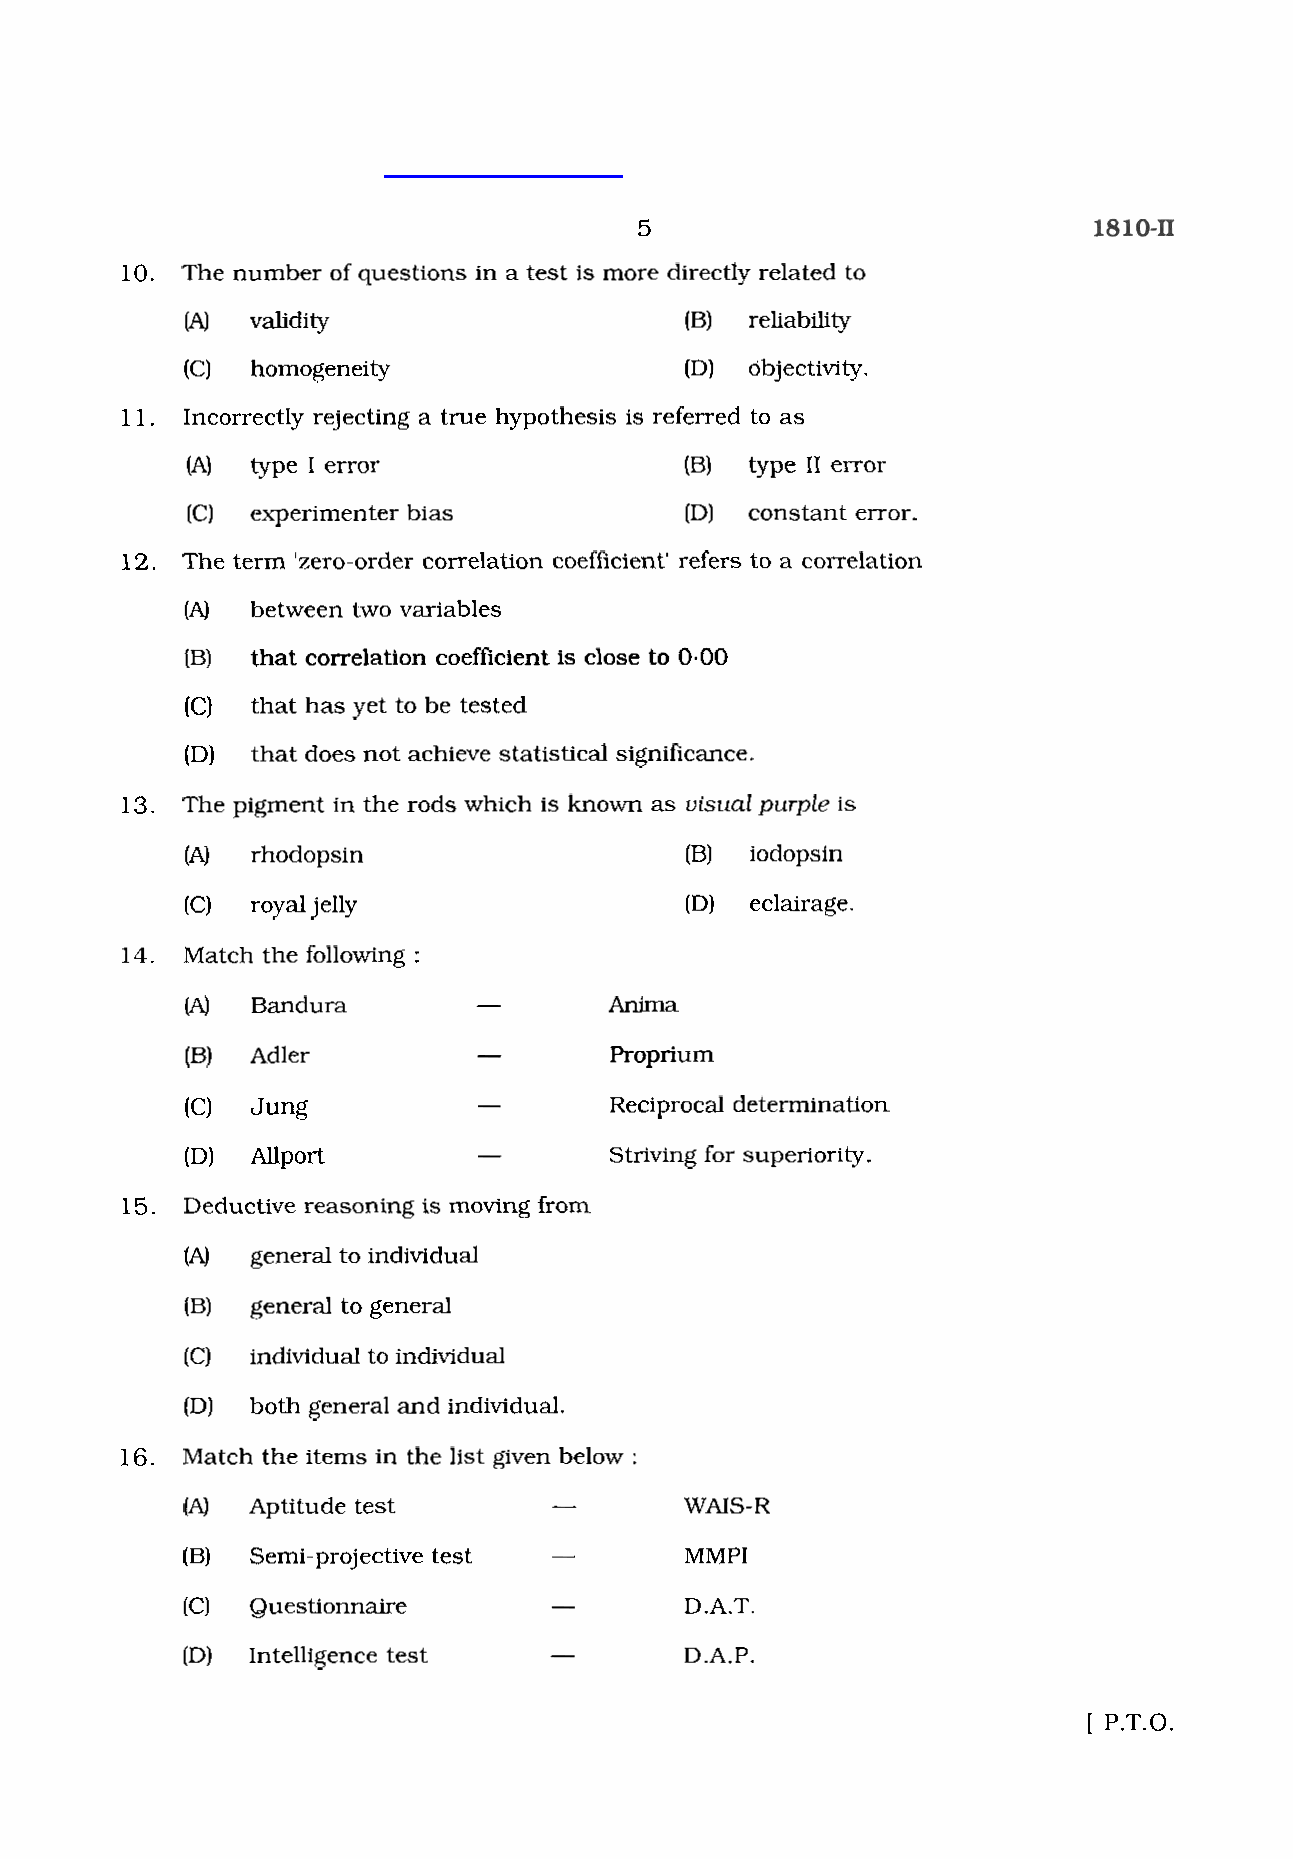
5
 10.
 Incorrectly rejecting a true hypothesis is referred to as
 (A) type I error                 (B) type I1 error
 (C) experimenter bias            (D) constant error.
 12. The term 'zero-order correlation coefficient' refers to a correlation
 (A) between two variables
 (B) that correlation coefficient is close to 0.00
 (C) that has yet to be tested
 (D) that does not achieve statistical significance.
 13. The pigment in the rods which is known as visual purple is
 (A) rhodopsin                    (B) iodopsin
 (C) royal jelly                  (D) eclairage.
 14. Match the following :
 (A) Bandura        -        Anirna
 -        Proprium (B) Adler
 -        Reciprocal determination
 (C) Jung
 -        Striving for superiority.
 (Dl Allport
 15 .
 16. Match the items in the list given below :
 (A) Aptitude test       -        WAIS-R
 (B) Semi-projective test         MMPI
 A
 (C) Questionnaire                D.A.T.
 A
 (D) Intelligence test   -        D.A.P.
 [ P.T.O.
 1 1 .
 n ehT
 )A(
 )C(
 D e d u
 (A )
 ( B )
 ( C )
 ( D )
 seuq fo rebmu
 ytidilav
 ytienegomoh
 c t i v e r e a s o n i n g
 wg
 e n e r a l t o i n d i
 g e n e r a l t o g e n
 i n d i v i d u a l t o i n
 b o t h g e n e r a l a
 a ni snoit
 tS.ww
 i s m o v i n
 v i d u a l
 e r a l
 d i v i d u a l
 n d i n d i v i
 g
 d
 et
 u
 f
 u a
 ts
 d
 r o
 l .
 i
 y
 m
 s m
 G
 o
 u
 r
 i
 e d
 d
 eri
 B(
 D(
 Ie
 ltc
 )
 )
 n
 y
 r
 o
 d
 r
 e
 b
 i
 e
 l
 detal
 ilibai
 vitcej
 c.a
 t
 yt
 ti
 o
 o
 y .
 m